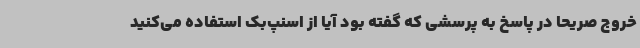
خروج صریحا در پاسخ به پرسشی که گفته بود آیا از اسنپ‌بک استفاده می‌کنید